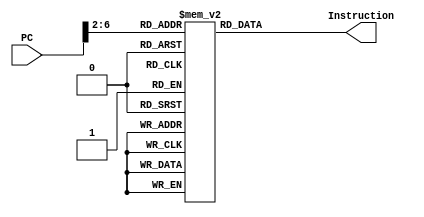
`timescale 1ns / 1ps
//////////////////////////////////////////////////////////////////////////////////
// Company: 
// Engineer: 
// 
// Design Name: 
// Module Name: Instruction_Memory
// Project Name: 
// Target Devices: 
// Tool Versions: 
// Description: 
// 
// Dependencies: 
// 
// Revision:
// Revision 0.01 - File Created
// Additional Comments:
// 
//////////////////////////////////////////////////////////////////////////////////


module Instruction_Memory (
    input [31:0]PC,
    output wire [31:0] Instruction
);
    reg[31:0] Instructions_Included[31:0];
    
   assign Instruction=Instructions_Included[PC[31:2]];
 
endmodule